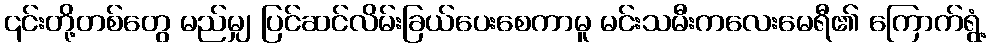
၎င်းတို့တစ်တွေ မည်မျှ ပြင်ဆင်လိမ်းခြယ်ပေးစေကာမူ မင်းသမီးကလေးမေရီ၏ ကြောက်ရွံ့